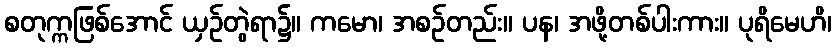
စတုက္ကဖြစ်အောင် ယှဉ်တွဲရာ၌။ ကမော၊ အစဉ်တည်း။ ပန၊ အဖို့တစ်ပါးကား။ ပုရိမေဟိ၊